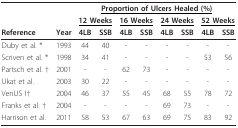
|  |  | <COLSPAN=8> <underline>Proportion of Ulcers Healed (%)</underline> |
 |  |  | <COLSPAN=2> <underline>12 Weeks</underline> | <COLSPAN=2> <underline>16 Weeks</underline> | <COLSPAN=2> <underline>24 Weeks</underline> | <COLSPAN=2> <underline>52 Weeks</underline> |
 | Reference | Year | 4LB | SSB | 4LB | SSB | 4LB | SSB | 4LB | SSB |
 | --- | --- | --- | --- | --- | --- | --- | --- | --- | --- |
 | Duby et al. * | 1993 | 44 | 40 | - | - | - | - | - | - |
 | Scriven et al. * | 1998 | 34 | 41 | - | - | - | - | 53 | 56 |
 | Partsch et al. † | 2001 | - | - | 62 | 73 | - | - | - | - |
 | Ukat et al. | 2003 | 30 | 22 | - | - | - | - | - | - |
 | VenUS I† | 2004 | 46 | 37 | 55 | 45 | 68 | 55 | 78 | 72 |
 | Franks et al. † | 2004 | - | - | - | - | 69 | 73 | - | - |
 | Harrison et al. | 2011 | 58 | 53 | 67 | 63 | 69 | 75 | 83 | 92 |